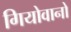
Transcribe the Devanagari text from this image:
गियोवानो